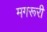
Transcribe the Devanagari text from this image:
मगरूरी